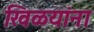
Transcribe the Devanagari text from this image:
खिळयांना